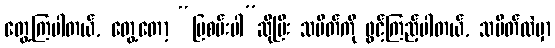
တွေ့ကြပါတယ်, တွေ့တော့ “ပြစမ်းပါ”ဆိုပြီး သပိတ်ကို ဖွင့်ကြည့်ပါတယ်, သပိတ်ထဲမှာ